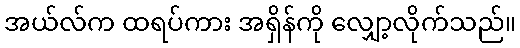
အယ်လ်က ထရပ်ကား အရှိန်ကို လျှော့လိုက်သည်။